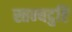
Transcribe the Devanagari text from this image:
स्तन्यदुष्टि